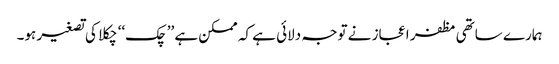
ہمارے ساتھی مظفر اعجاز نے توجہ دلائی ہے کہ ممکن ہے ’’چک‘‘ چکلا کی تصغیر ہو۔